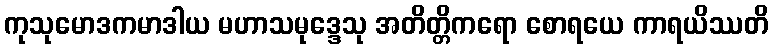
ကုသုမောဒကမာဒါယ မဟာသမုဒ္ဒေသု အတိတ္တိကရော စောရယေ ကာရယိဿတိ